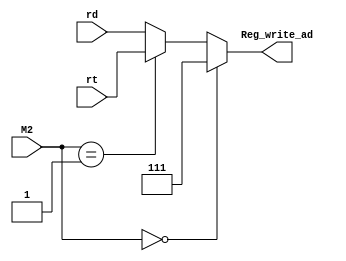
`timescale 1ns / 1ps

module MUX_2(
    M2,
    rt,
    rd,
    Reg_write_ad
    );
    
 parameter N=3;
 
 input [N-1:0] rt;
 input [N-1:0] rd;
 input [1:0] M2;
 output reg [N-1:0] Reg_write_ad;
 
 always @ (*)
 
 begin
     if (M2==2'b00)
     begin
        Reg_write_ad = 7;
     end
     
     else if (M2==2'b01)
     begin
        Reg_write_ad = rt;
     end
     
     else
     begin
        Reg_write_ad = rd;
     end
 end
 
endmodule